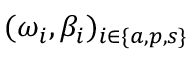
( \omega _ { i } , \beta _ { i } ) _ { i \in \{ a , p , s \} }